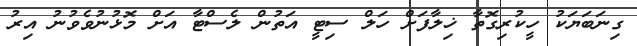
ގިނަބަޔަކު ހީކުރިގޮތާ ޚިލާފަށް ހަލް ސިޓީ އަތުން ލެސްޓާ އަށް މޮޅުނުވެވުނު އިރު